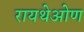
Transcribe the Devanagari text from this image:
रायथेओण